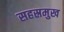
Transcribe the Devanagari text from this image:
सहस्रमुख